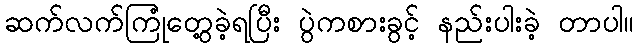
ဆက်လက်ကြုံတွေ့ခဲ့ရပြီး ပွဲကစားခွင့် နည်းပါးခဲ့ တာပါ။